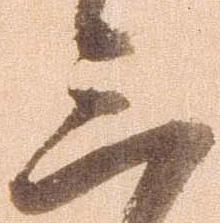
三